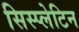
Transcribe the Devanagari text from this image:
सिस्प्लेटिन